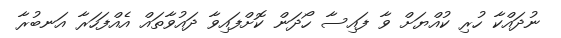
ނުދައްކާ ހުރި ކުއްޔަށް ވާ ފައިސާ ހޯދަން ކޮށްފައިވާ ދައުވާތައް އެއްފަހަރާ އަނބުރާ